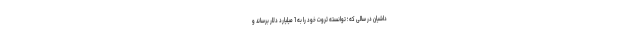
داشیان در سالی که ؛ توانسته ثروت خود را به 1 میلیارد دلار برساند و